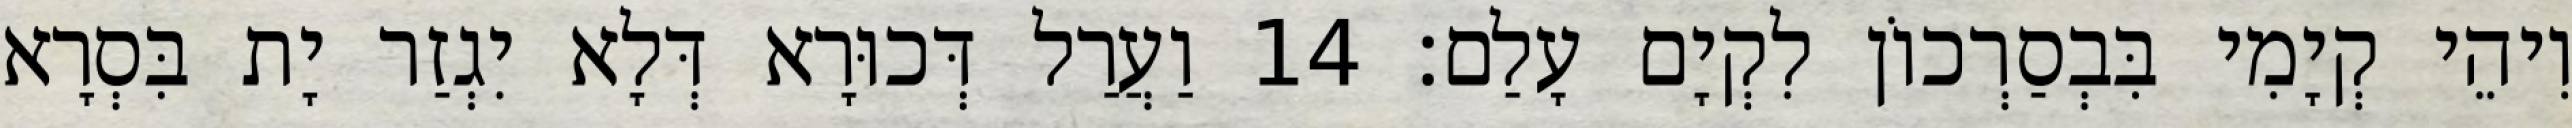
וִיהֵי קְיָמִי בִּבְסַרְכוֹן לִקְיָם עָלַם׃ 14 וַעֲרַל דְּכוּרָא דְּלָא יִגְזַר יָת בִּסְרָא